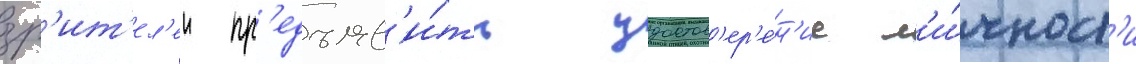
зр'ит'ел'еи пр'едъяв'и́ть удостов'ер'е́н'ие л'и́чност'и